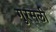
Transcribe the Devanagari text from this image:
गुरसली